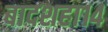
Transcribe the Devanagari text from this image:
बादशहा१४